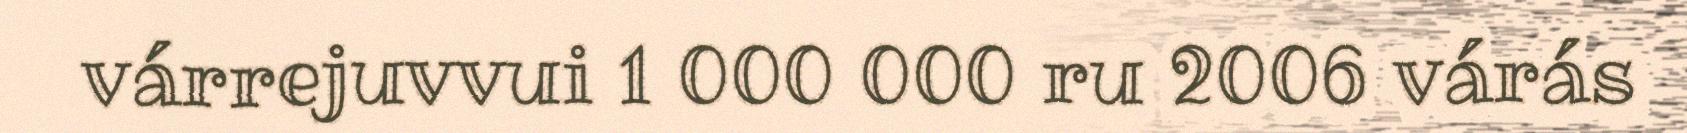
várrejuvvui 1 000 000 ru 2006 várás